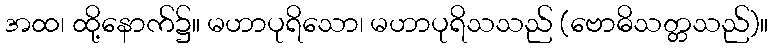
အထ၊ ထို့နောက်၌။ မဟာပုရိသော၊ မဟာပုရိသသည် (ဗောဓိသတ္တသည်)။